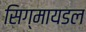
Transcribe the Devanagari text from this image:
सिग्मायडल